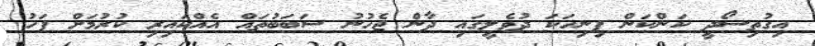
އިގުތިސޯދީ ކަންކަން ފިނިހަކަ ދުވެލީގައި ދާން ޖެހުނު ސަބަބުތައް އެއްކައިރި ކުރުމަށް ފަހު